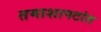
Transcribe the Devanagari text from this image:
तमाशापटांत